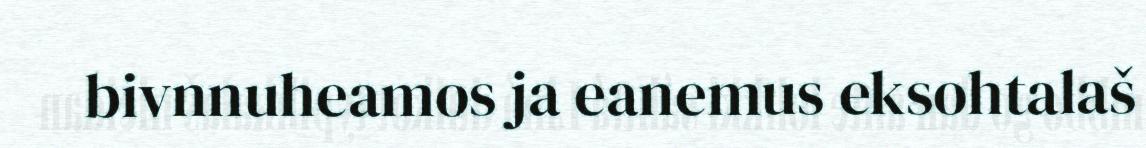
bivnnuheamos ja eanemus eksohtalaš